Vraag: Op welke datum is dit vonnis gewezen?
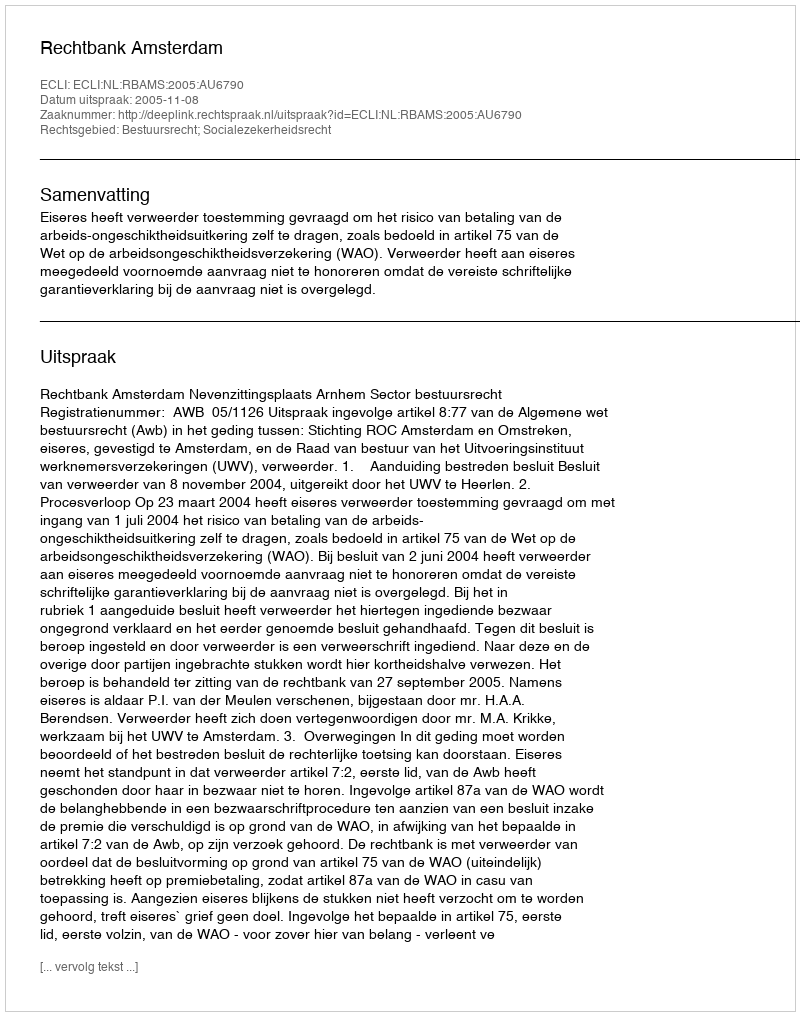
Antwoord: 2005-11-08